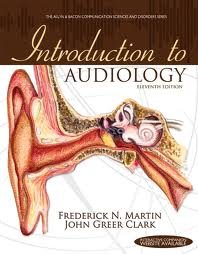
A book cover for Introduction to Audiology 11th (eleventh) edition; Frederick N. Martin; Health, Fitness & Dieting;